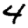
Digit: 4